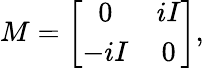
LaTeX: M=\left[\begin{array}{cc}{{0}}&{{iI}}\\ {{-iI}}&{{0}}\end{array}\right],